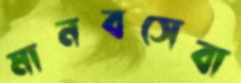
মানবসেবা